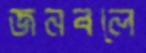
জনবলে